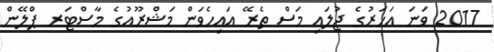
2017 ވަނަ އަހަރުގެ ޖުލައި މަސް ތެރޭ އައިހެވަން މަޝްރޫއުގެ މާސްޓަރ ޕްލޭން